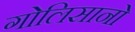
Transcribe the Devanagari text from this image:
गोलिसानो